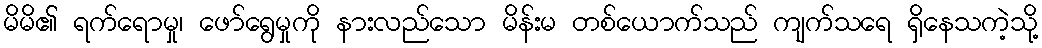
မိမိ၏ ရက်ရောမှု၊ ဖော်ရွေမှုကို နားလည်သော မိန်းမ တစ်ယောက်သည် ကျက်သရေ ရှိနေသကဲ့သို့